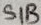
Text: SIB